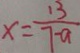
x = \frac { 1 3 } { 7 - a }